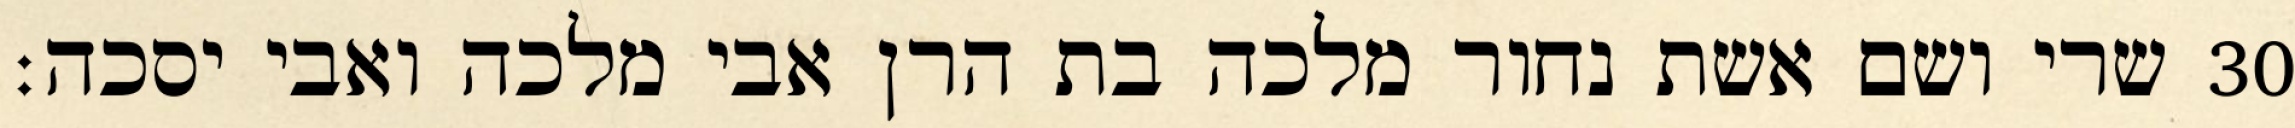
שרי ושם אשת נחור מלכה בת הרן אבי מלכה ואבי יסכה׃ ‎30‏